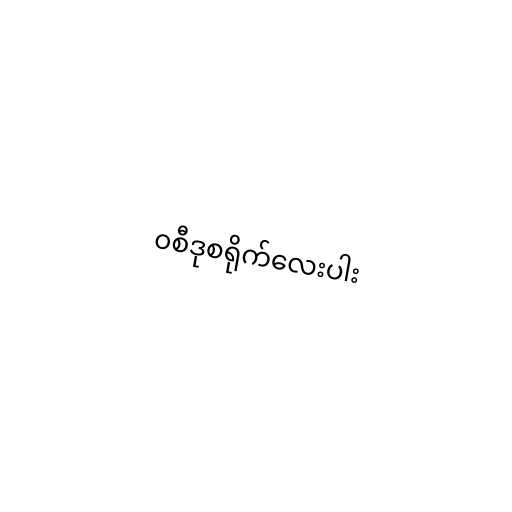
၀စီဒုစရိုက်လေးပါး